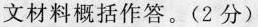
文材料概括作答。(2分)